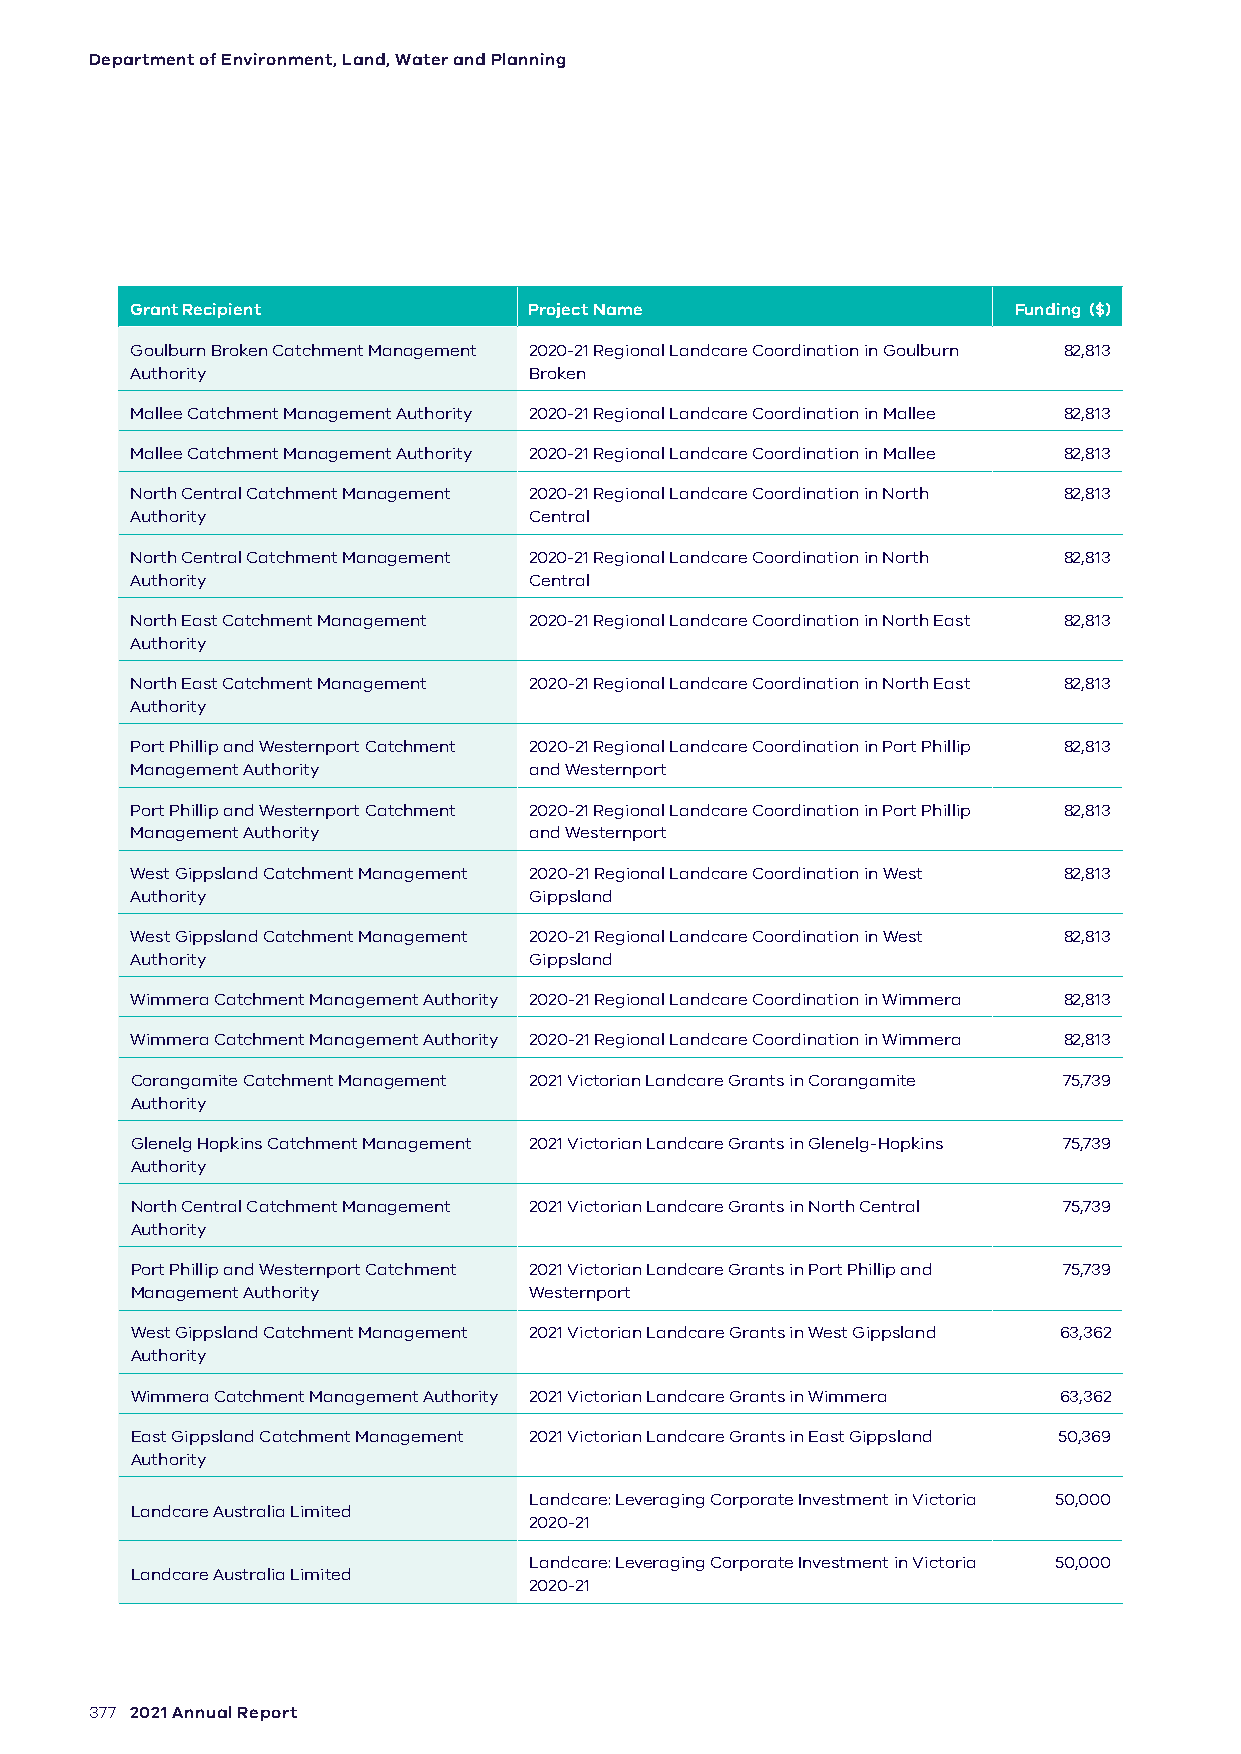
Department of Environment, Land, Water and Planning
 Grant Recipient           Project Name                    Funding ($)
 Goulburn Broken Catchment Management 2020-21 Regional Landcare Coordination in Goulburn 82,813
 Authority                 Broken
 Mallee Catchment Management Authority 2020-21 Regional Landcare Coordination in Mallee 82,813
 Mallee Catchment Management Authority 2020-21 Regional Landcare Coordination in Mallee 82,813
 North Central Catchment Management 2020-21 Regional Landcare Coordination in North 82,813
 Authority                 Central
 North Central Catchment Management 2020-21 Regional Landcare Coordination in North 82,813
 Authority                 Central
 North East Catchment Management 2020-21 Regional Landcare Coordination in North East 82,813
 Authority
 North East Catchment Management 2020-21 Regional Landcare Coordination in North East 82,813
 Authority
 Port Phillip and Westernport Catchment 2020-21 Regional Landcare Coordination in Port Phillip 82,813
 Management Authority      and Westernport
 Port Phillip and Westernport Catchment 2020-21 Regional Landcare Coordination in Port Phillip 82,813
 Management Authority      and Westernport
 West Gippsland Catchment Management 2020-21 Regional Landcare Coordination in West 82,813
 Authority                 Gippsland
 West Gippsland Catchment Management 2020-21 Regional Landcare Coordination in West 82,813
 Authority                 Gippsland
 Wimmera Catchment Management Authority 2020-21 Regional Landcare Coordination in Wimmera 82,813
 Wimmera Catchment Management Authority 2020-21 Regional Landcare Coordination in Wimmera 82,813
 Corangamite Catchment Management 2021 Victorian Landcare Grants in Corangamite 75,739
 Authority
 Glenelg Hopkins Catchment Management 2021 Victorian Landcare Grants in Glenelg-Hopkins 75,739
 Authority
 North Central Catchment Management 2021 Victorian Landcare Grants in North Central 75,739
 Authority
 Port Phillip and Westernport Catchment 2021 Victorian Landcare Grants in Port Phillip and 75,739
 Management Authority      Westernport
 West Gippsland Catchment Management 2021 Victorian Landcare Grants in West Gippsland 63,362
 Authority
 Wimmera Catchment Management Authority 2021 Victorian Landcare Grants in Wimmera 63,362
 East Gippsland Catchment Management 2021 Victorian Landcare Grants in East Gippsland 50,369
 Authority
 Landcare: Leveraging Corporate Investment in Victoria 50,000
 Landcare Australia Limited
 2020-21
 Landcare: Leveraging Corporate Investment in Victoria 50,000
 Landcare Australia Limited
 2020-21
 377 2021 Annual Report